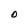
Character: O